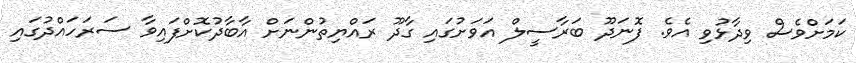
ކަމަށްވެސް ވިދާޅުވި އެވެ. ފޮނަދޫ ބަރާސީލް އަވަށުގައި ގާދޫ ރައްޔިތުންނަށް އާބާދުކޮށްފައިވާ ސަރަހައްދުގައި